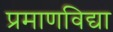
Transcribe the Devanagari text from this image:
प्रमाणविद्या